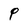
Character: P